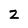
Character: 2